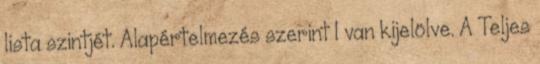
lista szintjét. Alapértelmezés szerint 1 van kijelölve. A Teljes